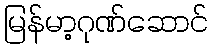
မြန်မာ့ဂုဏ်ဆောင်